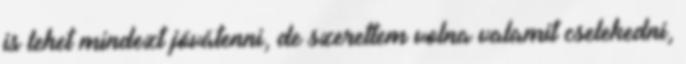
is lehet mindezt jóvátenni, de szerettem volna valamit cselekedni,